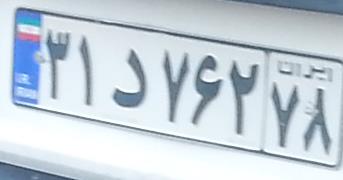
۳۱د۷۶۲۷۸